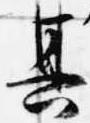
其